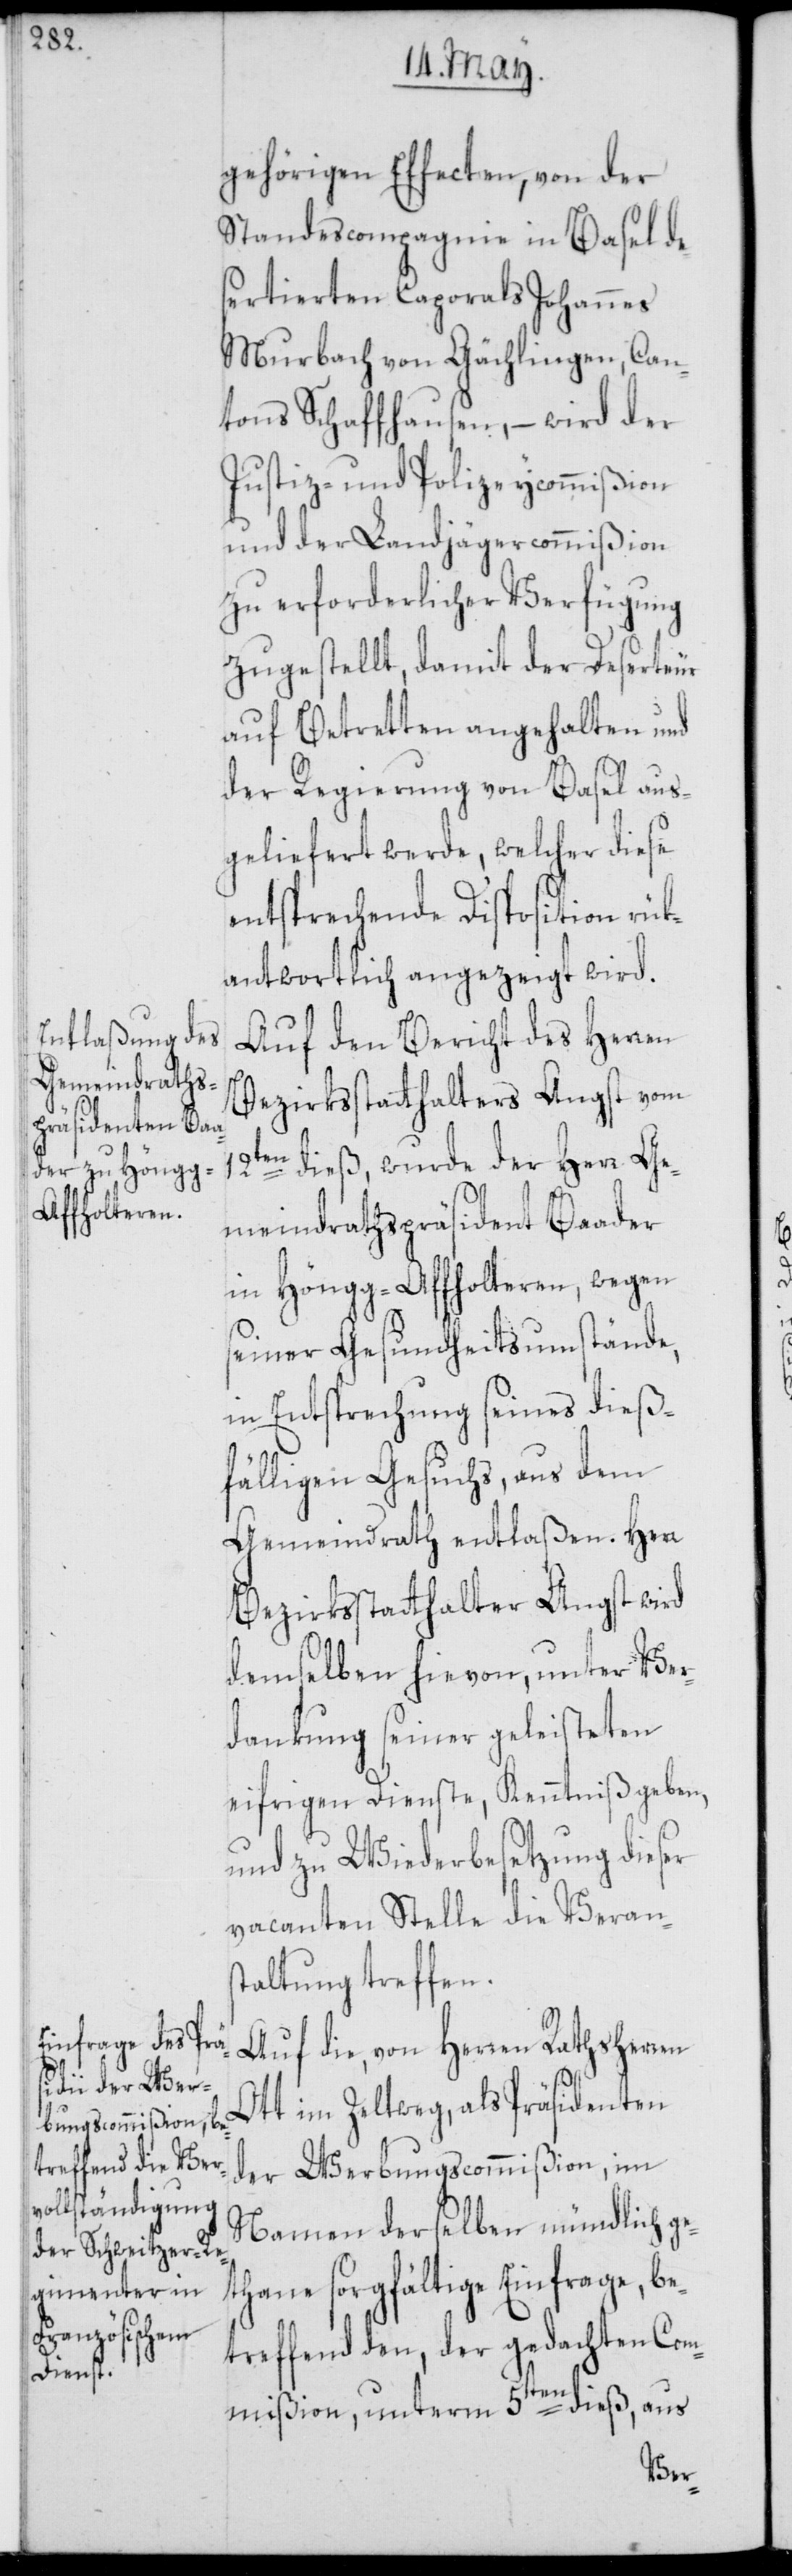
gehörigen Effecten, von der
Standescompagnie in Basel de¬
sertierten Caporals Johannes
Murbach von Gächlingen, Can¬
tons Schaffhausen, – wird der
Justiz- und Polizeycommißion
und der Landjägercommißion
zu erforderlicher Verfügung
zugestellt, damit der Deserteur
auf Betretten angehalten und
der Regierung von Basel aus¬
geliefert werde, welcher diese
entsprechende Disposition rük¬
antwortlich angezeigt wird.
Auf den Bericht des Herren
Bezirksstatthalters Angst vom
12ten dieß, wurde der Herr Ge¬
meindrathspräsident Baader
in Höngg-Affholteren, wegen
seiner Gesundheitsumstände,
in Entsprechung seines dieß¬
fälligen Gesuchs, aus dem
Gemeindrath entlaßen. Herr
Bezirksstatthalter Angst wird
demselben hievon, unter Ver¬
dankung seiner geleisteten
eifrigen Dienste, Kenntniß geben,
und zu Wiederbesetzung dieser
vacanten Stelle die Verans¬
taltung treffen.
Auf die, von Herren Rathsherren
tt im Zeltweg, als Präsidenten
der Werbungscommißion, im
Namen derselben mündlich ge¬
thane sorgfältige Einfrage, be¬
treffend den, der gedachten Com¬
mißion, unterm 5ten dieß, aus
O¬